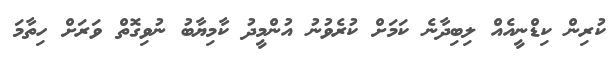
ކުރިން ކިޑްނީއެއް ލިބިދާނެ ކަމަށް ކުރެވުނު އުންމީދު ކާމިޔާބު ނުވިގޮތް ވަރަށް ހިތާމަ